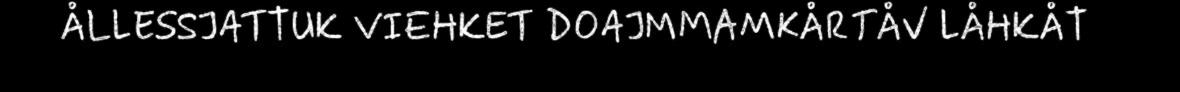
ÅLLESSJATTUK VIEHKET DOAJMMAMKÅRTÅV LÅHKÅT